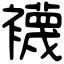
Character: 襪